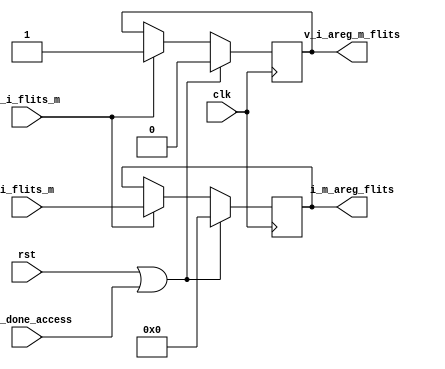
module   i_m_areg(//input
                   clk,
                   rst,
                   i_flits_m,
                   v_i_flits_m,
                   mem_done_access,
                   //output
                   i_m_areg_flits,
                   v_i_areg_m_flits
                   );
//input
input                   clk;
input                   rst;
input      [47:0]       i_flits_m;
input                   v_i_flits_m;
input                   mem_done_access;
                   //output
output     [47:0]    i_m_areg_flits;
output               v_i_areg_m_flits;
    
reg      i_m_cstate;
reg      [47:0]   flits_reg;

//assign   i_m_areg_state=i_m_cstate;// when m_d_cstate is 1, it means this module is busy and
                                   // can't receive other flits. otherwise,able to receiving flits
always@(posedge clk)
begin
  if(rst||mem_done_access)
    flits_reg<=48'h0000;
else if(v_i_flits_m)
    flits_reg<=i_flits_m;
end

always@(posedge clk)
begin
  if(rst||mem_done_access)
    i_m_cstate<=1'b0;
  else if(v_i_flits_m)
    i_m_cstate<=1'b1;
end
assign v_i_areg_m_flits=i_m_cstate;
assign i_m_areg_flits=flits_reg;
endmodule